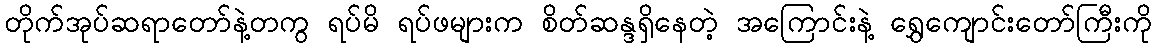
တိုက်အုပ်ဆရာတော်နဲ့တကွ ရပ်မိ ရပ်ဖများက စိတ်ဆန္ဒရှိနေတဲ့ အကြောင်းနဲ့ ရွှေကျောင်းတော်ကြီးကို